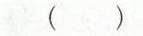
()